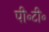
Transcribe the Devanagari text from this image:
पी॰टी॰